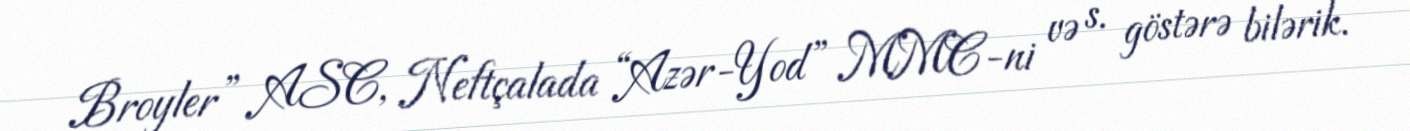
Broyler” ASC, Neftçalada “Azər-Yod” MMC-ni və s. göstərə bilərik.